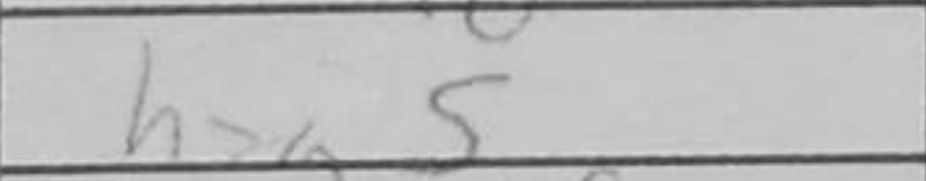
Transcription: hxg5